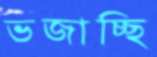
ভজাচ্ছি